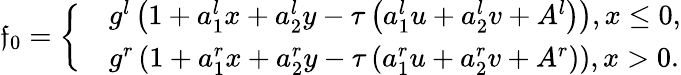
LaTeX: {{\mathfrak{f}}_{0}}=\left\{ \begin{array}{rl}&{{{g}^{l}}\left(1+a_{1}^{l}x+a_{2}^{l}y-\tau\left(a_{1}^{l}u+a_{2}^{l}v+{{A}^{l}}\right)\right),x\le 0,}\\ &{{{g}^{r}}\left(1+a_{1}^{r}x+a_{2}^{r}y-\tau\left(a_{1}^{r}u+a_{2}^{r}v+{{A}^{r}}\right)\right),x>0.}\end{array}\right.